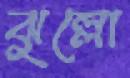
ঝুল্লো